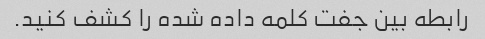
رابطه بین جفت کلمه داده شده را کشف کنید.